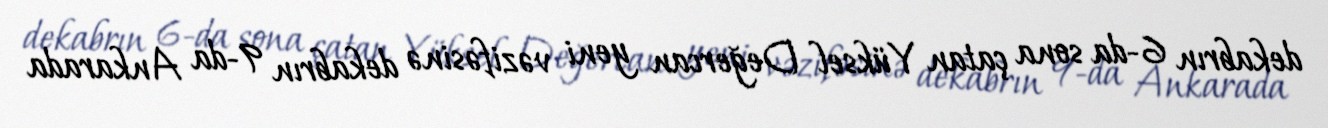
dekabrın 6-da sona çatan Yüksel Değercan yeni vəzifəsinə dekabrın 9-da Ankarada